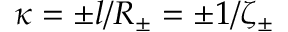
\kappa = \pm l / R _ { \pm } = \pm 1 / \zeta _ { \pm }